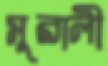
মুরালী